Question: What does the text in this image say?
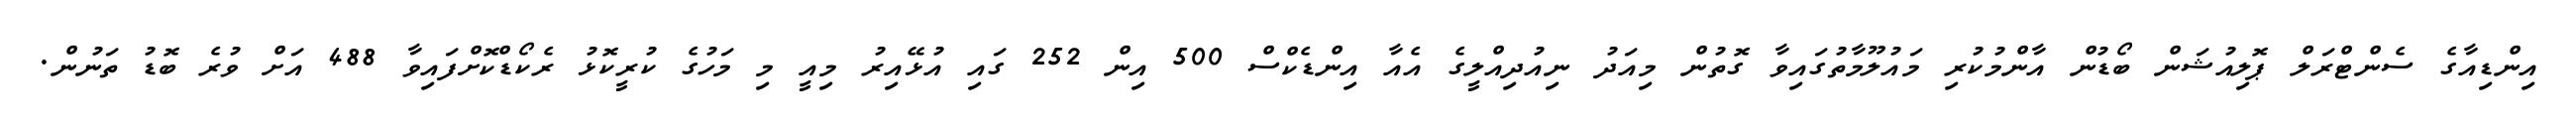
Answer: އިންޑިއާގެ ސެންޓްރަލް ޕޮލިއުޝަން ބޯޑުން އާންމުކުރި މައުލޫމާތުގައިވާ ގޮތުން މިއަދު ނިއުދިއްލީގެ އެއާ އިންޑެކްސް 500 އިން 252 ގައި އުޅޭއިރު މިއީ މި މަހުގެ ކުރީކޮޅު ރެކޯޑްކޮށްފައިވާ 488 އަށް ވުރެ ބޮޑު ތަނުން.